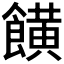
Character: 𩞩